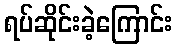
ရပ်ဆိုင်းခဲ့ကြောင်း